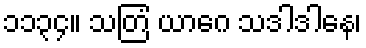
၁၁၃၄။ သတြံ ယာဂေ သဒါဒါနေ၊